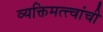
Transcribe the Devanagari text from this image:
व्यक्तिमत्त्वांची